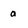
Character: a